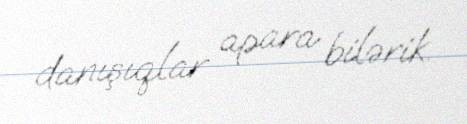
danışıqlar apara bilərik.